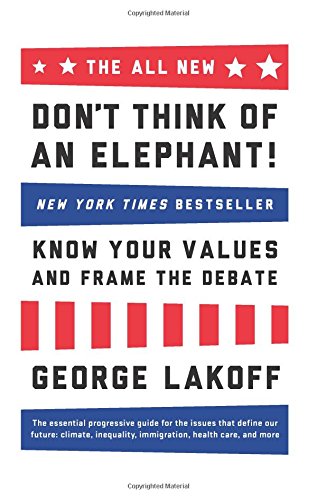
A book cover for The ALL NEW Don't Think of an Elephant!: Know Your Values and Frame the Debate; George Lakoff; Politics & Social Sciences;